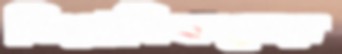
সিরামিকসের